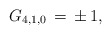
\begin{align*}G_{4,1,0}\,=\,\pm\,1,\end{align*}